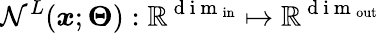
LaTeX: \mathcal N^{L}(\boldsymbol x;\boldsymbol\Theta):\mathbb R^{\mathrm{~d~i~m~}_{\mathrm{in}}}\mapsto\mathbb R^{\mathrm{~d~i~m~}_{\mathrm{out}}}